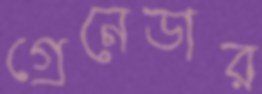
গ্রেনেডার